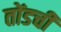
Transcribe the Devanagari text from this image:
तोंडची